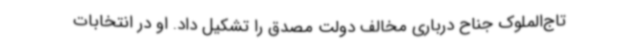
تاج‌الملوک جناح درباری مخالف دولت مصدق را تشکیل داد. او در انتخابات